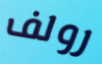
رولف